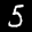
Label: 5